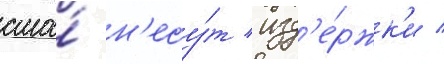
сша́ н'есу́т изд'е́ржк'и /